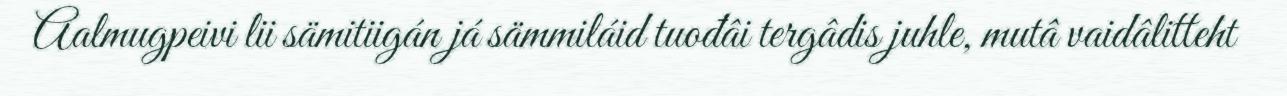
Aalmugpeivi lii sämitiigán já sämmiláid tuođâi tergâdis juhle, mutâ vaidâlitteht